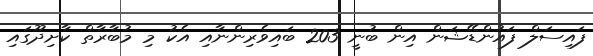
ފައިސަލް ފައުންޑޭޝަން އިން ބުނީ 203 ބައިވެރިންނާއި އެކު މި މުބާރާތް ކާށިދޫގައި